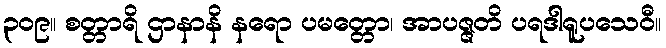
၃၀၉။ စတ္တာရိ ဌာနာနိ နရော ပမတ္တော၊ အာပဇ္ဇတိ ပရဒါရူပသေဝီ။